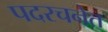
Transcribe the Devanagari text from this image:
पदरचनेत